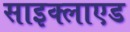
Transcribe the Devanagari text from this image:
साइक्लाएड